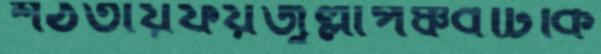
শঠতায়ফয়জুল্লাপঞ্চবটিকি